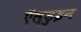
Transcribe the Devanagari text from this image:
ऍल्डुइन